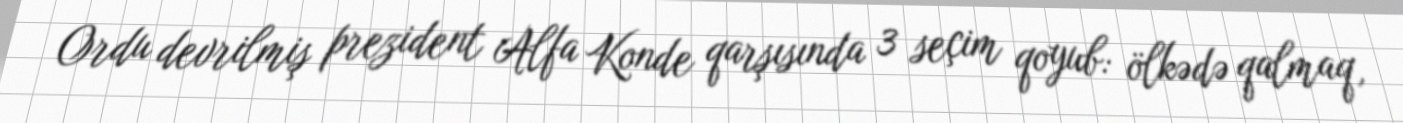
Ordu devrilmiş prezident Alfa Konde qarşısında 3 seçim qoyub: ölkədə qalmaq,